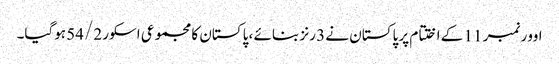
اوور نمبر 11 کے اختتام پر پاکستان نے 3 رنز بنائے ، پاکستان کا مجموعی اسکور 54/2 ہوگیا۔